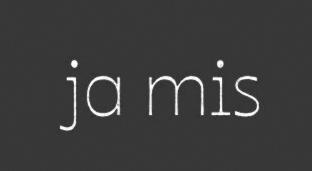
ja mis